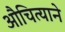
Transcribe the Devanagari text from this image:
औचित्याने